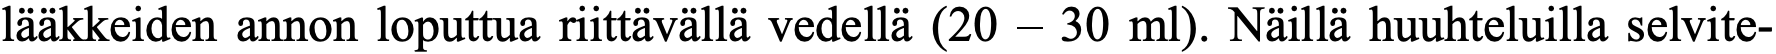
lääkkeiden annon loputtua riittävällä vedellä (20 – 30 ml). Näillä huuhteluilla selvite-